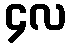
၄လ